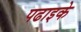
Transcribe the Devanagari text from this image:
पढाइके